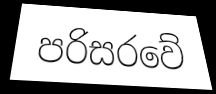
පරිසරවේ